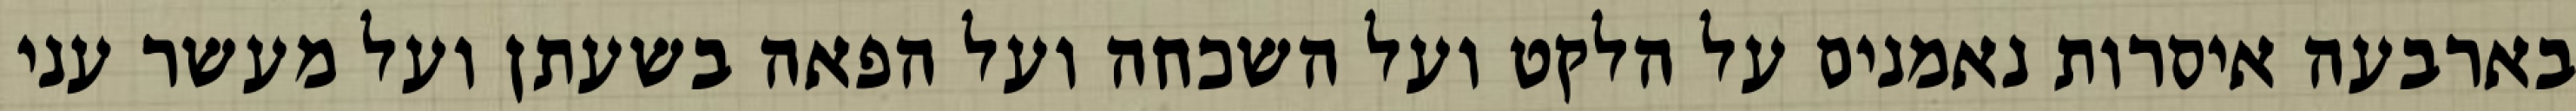
בארבעה איסרות נאמנים על הלקט ועל השכחה ועל הפאה בשעתן ועל מעשר עני